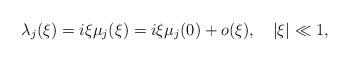
LaTeX: \begin{align*}\lambda_j(\xi)=i\xi\mu_j(\xi)=i\xi\mu_j(0)+o(\xi),~~~|\xi|\ll 1,\end{align*}